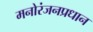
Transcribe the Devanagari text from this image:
मनोरंजनप्रधान